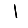
Digit: 1